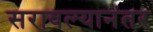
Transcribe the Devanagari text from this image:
सरावल्यानंतर